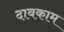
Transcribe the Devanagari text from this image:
दाबकाम